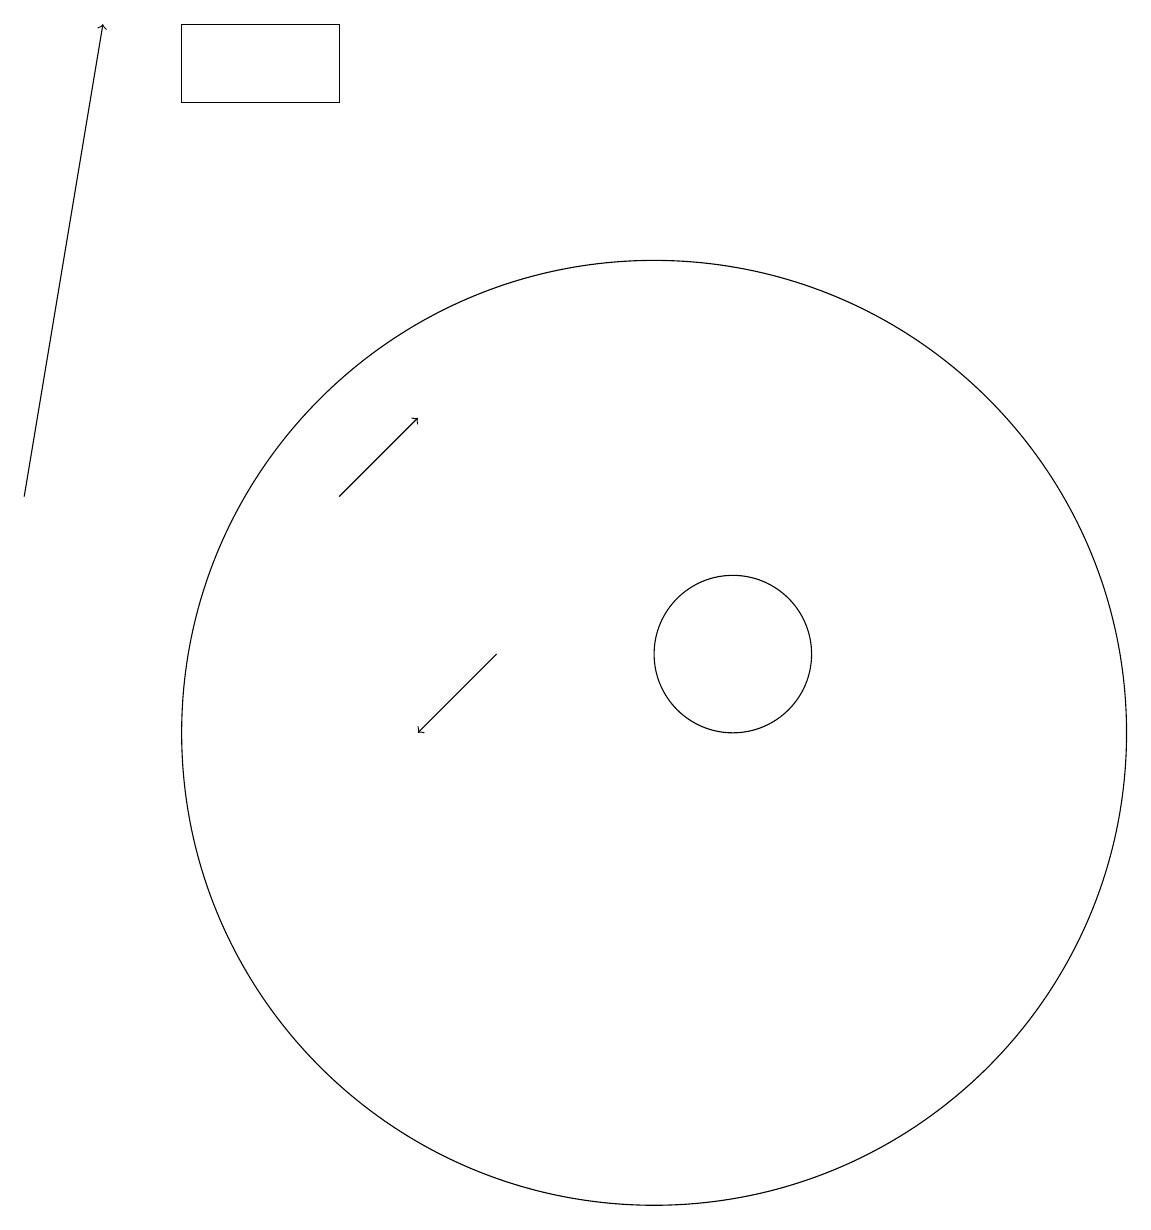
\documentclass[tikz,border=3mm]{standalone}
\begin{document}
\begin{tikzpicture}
\draw[->] (8,11) -- (7,10);
\draw[->] (6,13) -- (7,14);
\draw (10,10) circle (6);
\draw[->] (2,13) -- (3,19);
\draw (6,18) rectangle (4,19);
\draw (11,10) circle (0);
\draw (11,11) circle (1);
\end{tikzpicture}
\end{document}